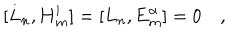
LaTeX: [ L _ { n } , \mathbf { H } _ { m } ^ { i } ] = [ L _ { n } , \mathbf { E } _ { m } ^ { \alpha } ] = 0 \quad ,